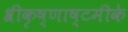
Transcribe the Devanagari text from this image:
श्रीकृष्णाष्टमीके